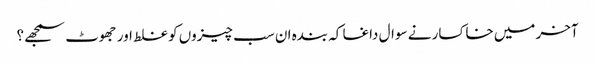
آخر میں خاکسار نے سوال داغا کہ بندہ ان سب چیزوں کو غلط اور جھوٹ سمجھے؟